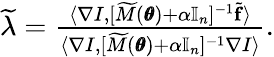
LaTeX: \begin{array}{r}{\widetilde\lambda=\frac{\langle\nabla I,[\widetilde M(\pmb\theta)+\alpha\mathbb I_{n}]^{-1}\tilde{\mathbf f}\rangle}{\langle\nabla I,[\widetilde M(\pmb\theta)+\alpha\mathbb I_{n}]^{-1}\nabla I\rangle}.}\end{array}